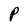
Character: P